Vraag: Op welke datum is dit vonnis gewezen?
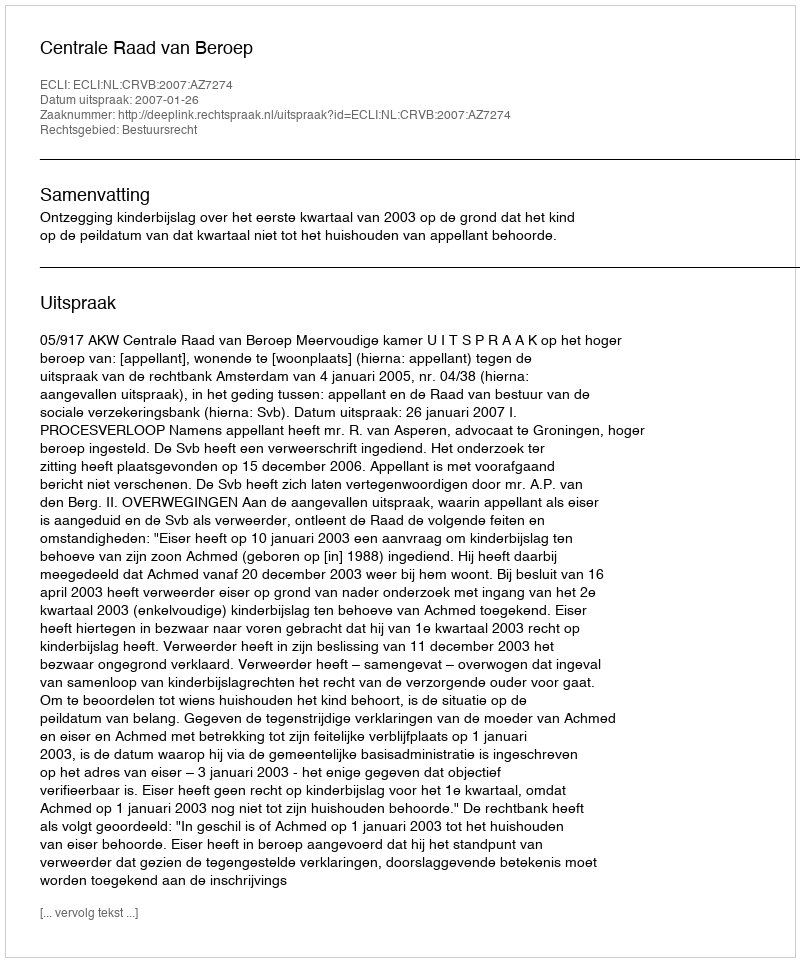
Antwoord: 2007-01-26